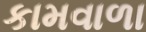
કામવાળા